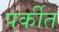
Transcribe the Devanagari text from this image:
पर्कीत